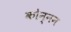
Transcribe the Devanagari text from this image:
कोन्नन